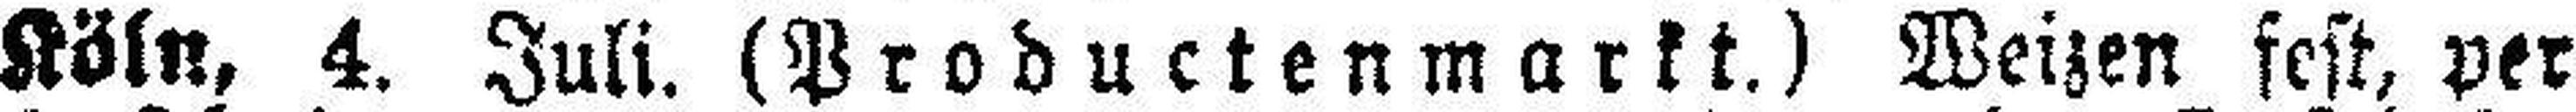
Köln, 4. Juli. (Productenmarkt.) Weizen fest, per